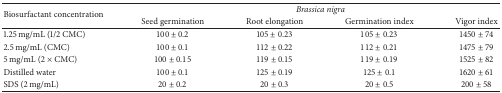
<table><thead><tr><td rowspan="2"><b>Biosurfactant concentration</b></td><td colspan="4"><b><i>Brassica nigra </i></b></td></tr><tr><td><b>Seed germination</b></td><td><b>Root elongation</b></td><td><b>Germination index</b></td><td><b>Vigor index</b></td></tr></thead><tbody><tr><td>1.25 mg/mL (1/2 CMC)</td><td>100 ± 0.2</td><td>105 ± 0.23</td><td>105 ± 0.23</td><td>1450 ± 74</td></tr><tr><td>2.5 mg/mL (CMC)</td><td>100 ± 0.1</td><td>112 ± 0.22</td><td>112 ± 0.21</td><td>1475 ± 79</td></tr><tr><td>5 mg/mL (2 × CMC)</td><td>100 ± 0.15</td><td>119 ± 0.15</td><td>119 ± 0.19</td><td>1525 ± 82</td></tr><tr><td>Distilled water</td><td>100 ± 0.1</td><td>125 ± 0.19</td><td>125 ± 0.1</td><td>1620 ± 61</td></tr><tr><td>SDS (2 mg/mL)</td><td>20 ± 0.2</td><td>20 ± 0.3</td><td>20 ± 0.5</td><td>200 ± 58</td></tr></tbody></table>